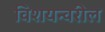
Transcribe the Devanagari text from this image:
विशयन्वरील